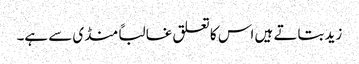
زید بتاتے ہیں اس کا تعلق غالباً منڈی سے ہے۔